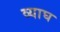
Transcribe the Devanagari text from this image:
व्याघ